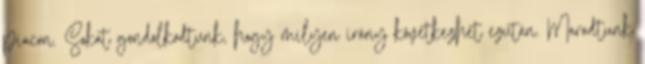
piacon. Sokat gondolkodtunk, hogy milyen irány következhet ezután. Maradtunk